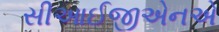
સીઆઈજીએનએ